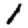
Digit: 1